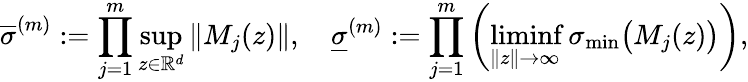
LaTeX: \overline{{\sigma}}^{(m)}:=\prod_{j=1}^{m}\operatorname*{sup}_{z\in\mathbb{R}^{d}}\| M_{j}(z)\| ,\quad\underline{{\sigma}}^{(m)}:=\prod_{j=1}^{m}\left(\operatorname*{liminf}_{\| z\| \to\infty}\sigma_{\operatorname*{min}}\big(M_{j}(z)\big)\right),